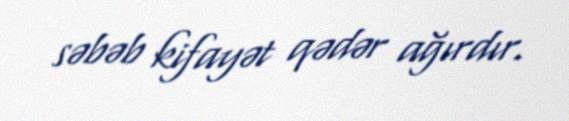
səbəb kifayət qədər ağırdır.